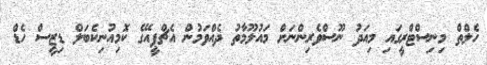
ހެލްތް މިނިސްޓްރީގައި މިއަދު ނޫސްވެރިންނަށް މައުލޫމާތު ދެއްވަމުން އެޗްޕީއޭގެ ކޮމިއުނިކެބަލް ޑިޒީސް ހެޑް